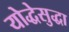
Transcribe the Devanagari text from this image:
योद्धेसुद्धा